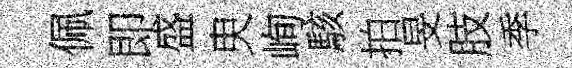
佩即盛㬰峋駭拍旻肢季